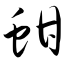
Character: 蚶